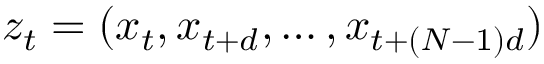
z _ { t } = ( x _ { t } , x _ { t + d } , \ldots , x _ { t + ( N - 1 ) d } )